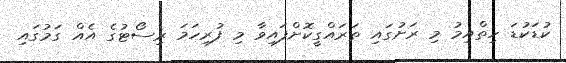
ކުޑަކުޑަ ހިތްއިމު މި ރަށުގައި ތަރައްގީކޮށްފައިވާ މި ފުރިހަމަ ރިސޯޓުގެ އެއް ގަމުގައި